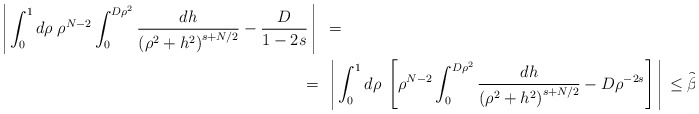
\begin{align*}\left\arrowvert\int_0^1 d\rho\;\rho^{N-2}\int_0^{D\rho^2}\frac{dh}{\left(\rho^2+h^2\right)^{s+N/2}}-\frac{D}{1-2s}\right\arrowvert\ &=\\=\ &\left\arrowvert\int_0^1 d\rho\;\left[\rho^{N-2}\int_0^{D\rho^2}\frac{dh}{\left(\rho^2+h^2\right)^{s+N/2}}-D\rho^{-2s}\right]\right\arrowvert\leq \widetilde\beta,\end{align*}